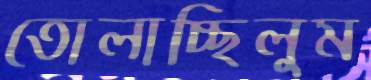
তোলাচ্ছিলুম